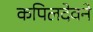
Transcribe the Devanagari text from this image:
कपिलदेवने